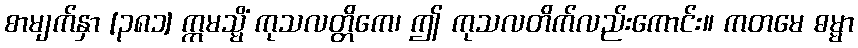
စာမျက်နှာ [၃၈၁] ဣမသ္မိံ ကုသလတ္တိကေ၊ ဤ ကုသလတိက်လည်းကောင်း။ ကတမေ ဓမ္မာ